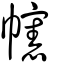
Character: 幰